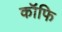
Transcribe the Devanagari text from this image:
कॉफि